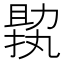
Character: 𠢟